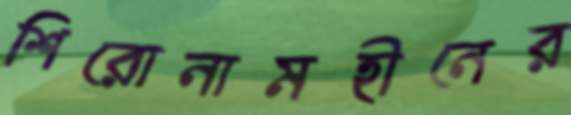
শিরোনামহীনের